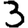
Digit: 3